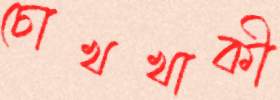
চোখখাকী